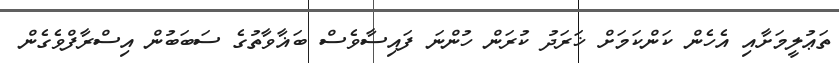
ތަޢުލީމަށާއި އެހެން ކަންކަމަށް ޚަރަދު ކުރަން ހުންނަ ފައިސާވެސް ބަޣާވާތުގެ ސަބަބުން އިސްރާފްވެގެން